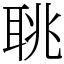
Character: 聎